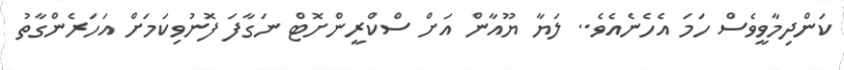
ކަންދިމާވީވެސް ހަމަ އެހެނެއެވެ.. ލަޔާ ޔޫއާން އަށް ސްކްރީންށޮޓް ނަގާފަ ފޮނުވިކަމަށް އަހަރެންގާތު